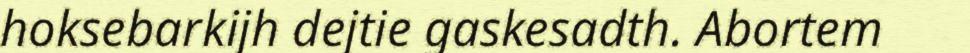
hoksebarkijh dejtie gaskesadth. Abortem